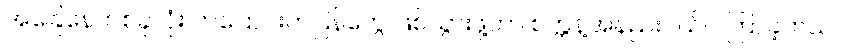
အခြေနေတစ်ခုလုံး ကပြောင်းကပြန်တွေ ဖြစ်သွားဖို့ဟာ စက္ကန့်အနည်းငယ်ပဲ ကြာခဲ့တယ်။